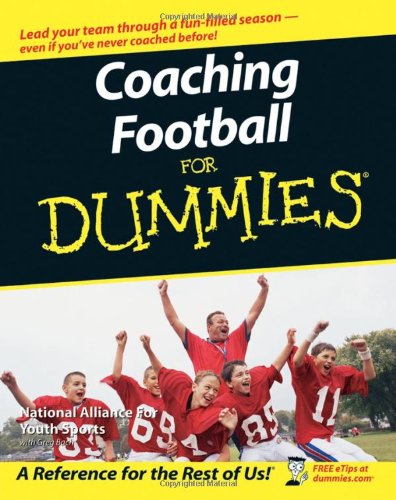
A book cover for Coaching Football For Dummies; The National Alliance of Youth Sports; Sports & Outdoors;